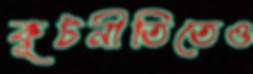
কূটনীতিতেও